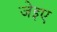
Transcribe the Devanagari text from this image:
जेइए